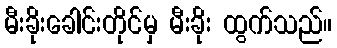
မီးခိုးခေါင်းတိုင်မှ မီးခိုး ထွက်သည်။